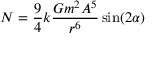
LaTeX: N = { \frac { 9 } { 4 } } k { \frac { G m ^ { 2 } A ^ { 5 } } { r ^ { 6 } } } \sin ( 2 \alpha )